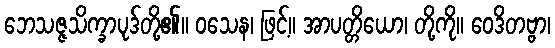
ဘေသဇ္ဇသိက္ခာပုဒ်တို့၏။ ဝသေန၊ ဖြင့်။ အာပတ္တိယော၊ တို့ကို။ ဝေဒိတဗ္ဗာ၊